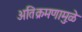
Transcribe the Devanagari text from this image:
अतिक्रमणामु़ळे